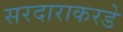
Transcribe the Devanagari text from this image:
सरदाराकरडे